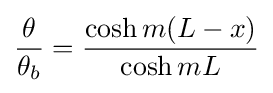
{\frac {\theta }{\theta _{b}}}={\frac {\cosh {m(L-x)}}{\cosh {mL}}}